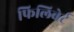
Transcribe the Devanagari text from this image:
फिलिबेर्ट